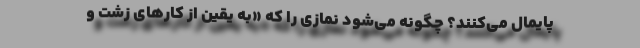
پایمال می‌کنند؟ چگونه می‌شود نمازی را که «به یقین از کارهای زشت و